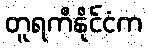
တူရကီနိုင်ငံက